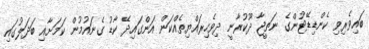
ބައިވެރިވި ކެންޑިޑޭޓުންގެ ނަތީޖާ ދޫކުރާނީ ދިވެހިރައްޔިތެއްކަން އަންގައިދޭ ކާޑު ގެނައުމުން ކަމަށާއި ބަދަލުގައި